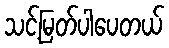
သင့်မြတ်ပါပေတယ်